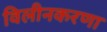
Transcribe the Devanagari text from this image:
विलीनकरणा